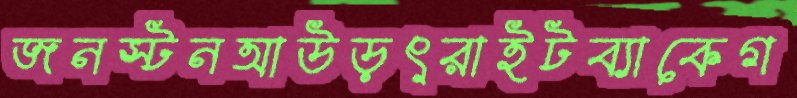
জনস্টনআউড়ৎরাইটব্যাকেগ